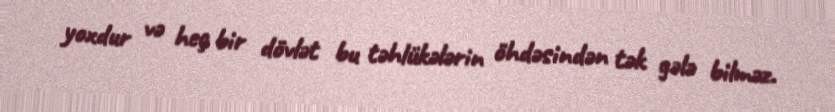
yoxdur və heç bir dövlət bu təhlükələrin öhdəsindən tək gələ bilməz.